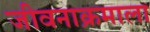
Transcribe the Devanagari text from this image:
जीवनाक्रमाला